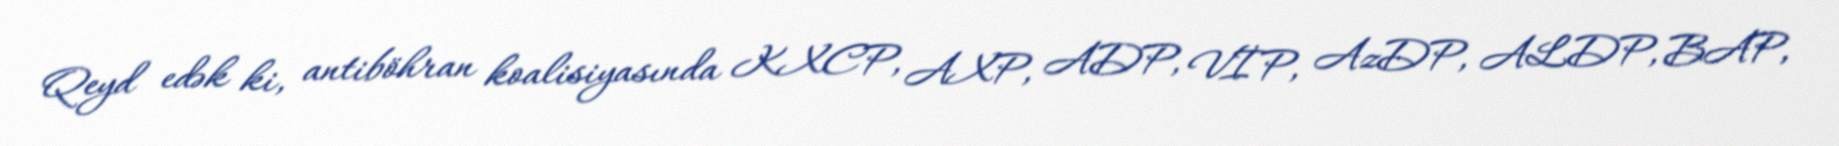
Qeyd edək ki, antiböhran koalisiyasında KXCP, AXP, ADP, VİP, AzDP, ALDP, BAP,